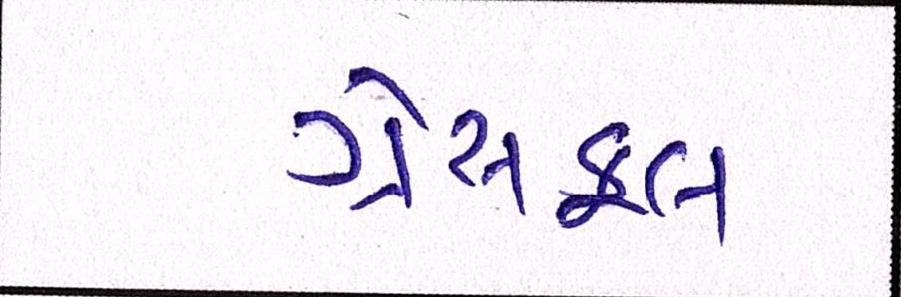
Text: ગ્રેસફૂલ